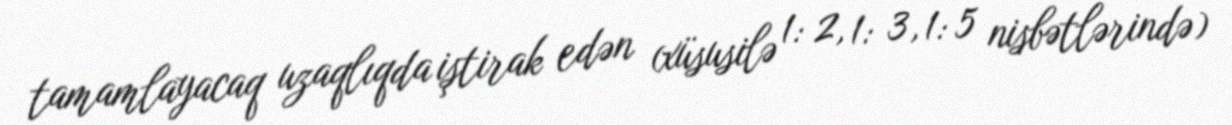
tamamlayacaq uzaqlıqda iştirak edən (xüsusilə 1: 2, 1: 3, 1: 5 nisbətlərində)